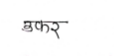
मजकूर: उकर